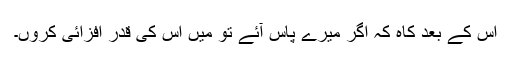
اس کے بعد کاہ کہ اگر میرے پاس آئے تو میں اس کی قدر افزائی کروں۔